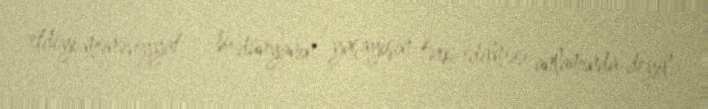
etdiyi mənəviyyat - bu dünyanın, yaşayışın tərk edilməsi anlamında deyil.